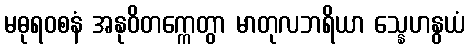
မဓုရဝစနံ အနုဝိတက္ကေတွာ မာတုလဘရိယာ သ္နေဟနွယံ